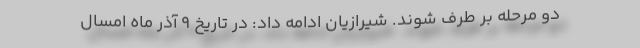
دو مرحله بر طرف شوند. شیرازیان ادامه داد: در تاریخ ۹ آذر ماه امسال